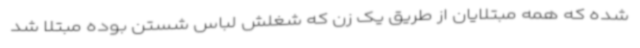
شده که همه مبتلایان از طریق یک زن که شغلش لباس شستن بوده مبتلا شد